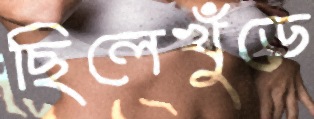
ছিলেখুঁড়ে